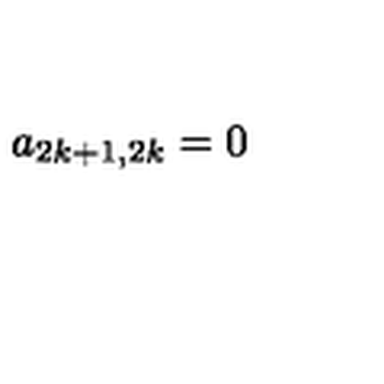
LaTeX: a _ { 2 k + 1 , 2 k } = 0